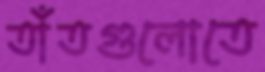
তাঁতগুলোতে